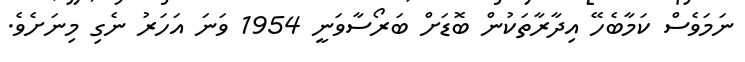
ނަމަވެސް ކަމާބެހޭ އިދާރާތަކުން ބޮޑަށް ބަރޯސާވަނީ 1954 ވަނަ އަހަރު ނެގި މިނަށެވެ.